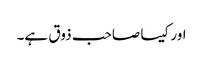
اور کیسا صاحب ذوق ہے۔